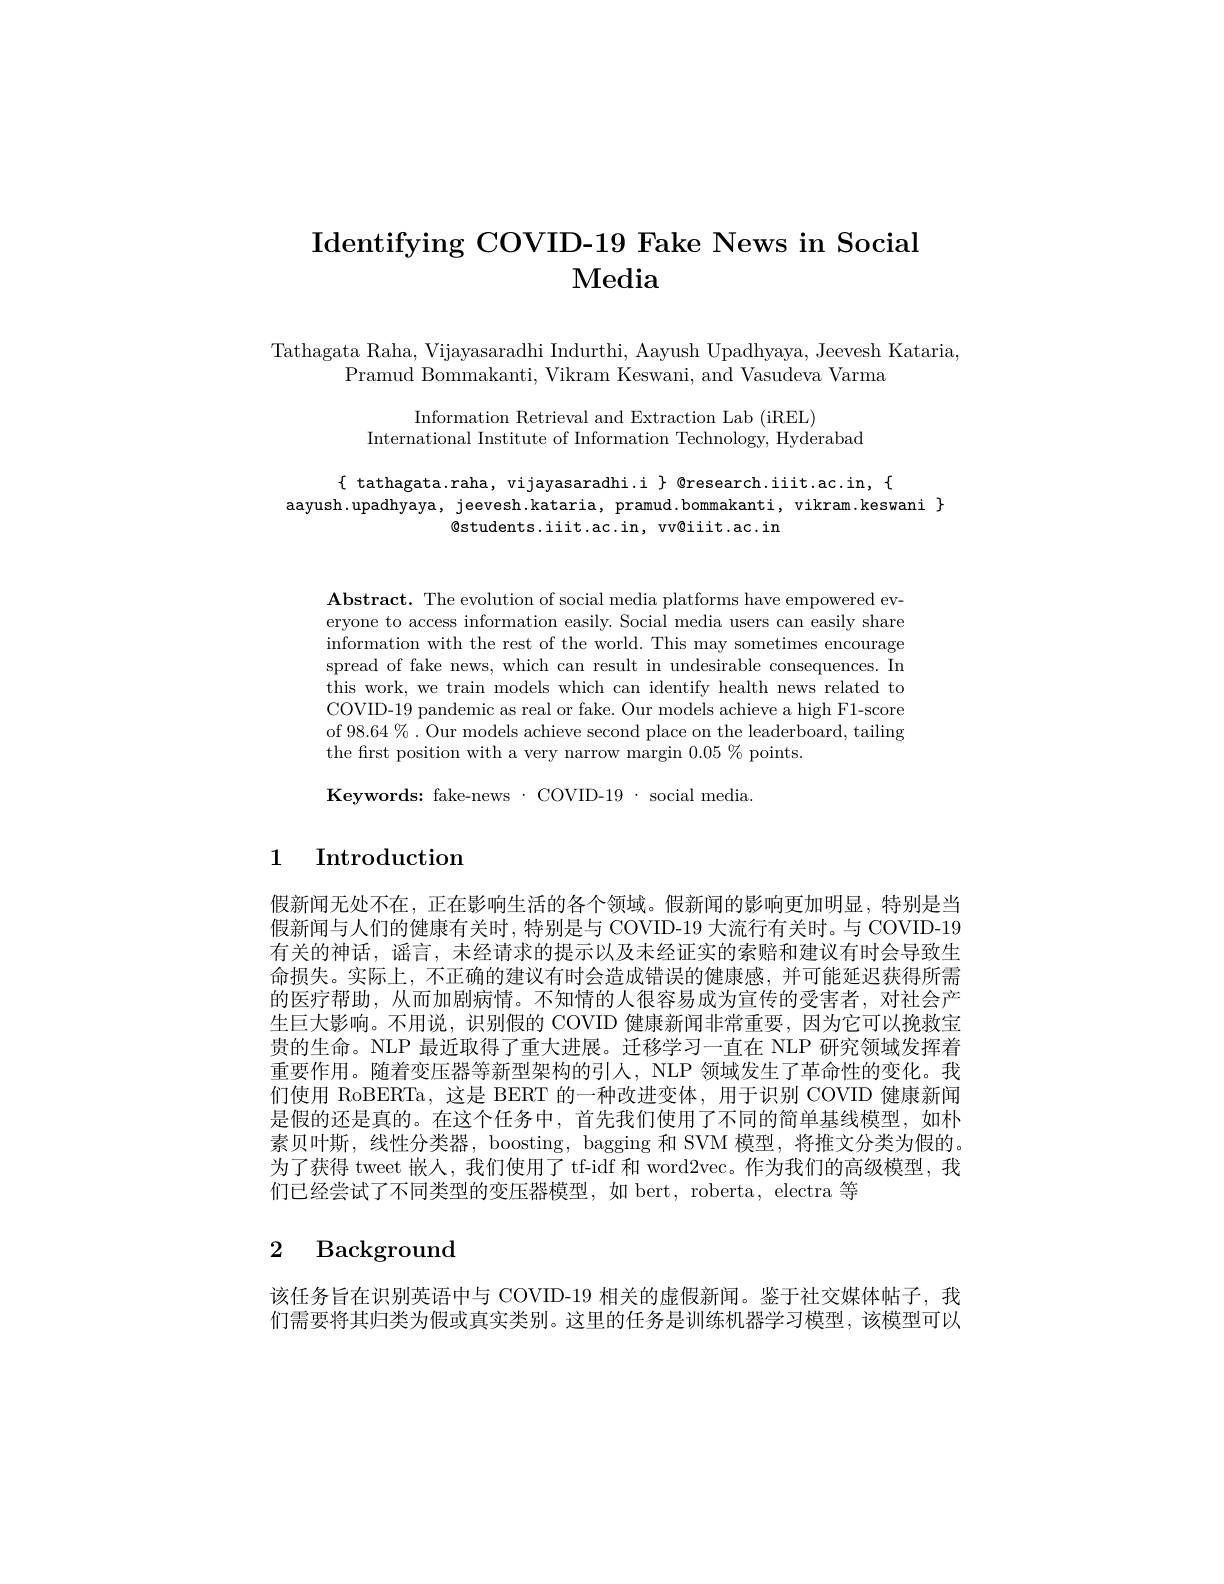
# Identifying COVID- 19 Fake News in Social Media

Tathagata Raha, Vijayasaradhi Indurthi, Aayush Upadhyaya, Jeevesh Kataria,
Pramud Bommakanti, Vikram Keswani, and Vasudeva Varma

Information Retrieval and Extraction Lab (iREL)
International Institute of Information Technology, Hyderabad

$\{$ tathagata.raha, vijayasaradhi.i $\}$ @research.iiit.ac.in, $\{$
aayush.upadhyaya, jeevesh.kataria, pramud.bommakanti, vikram.keswani $\}$
@students.iiit.ac.in, vv@iiit.ac.in

$\mathbf{Abstract.~The~evolution~of~social~media~platforms~have~empowered~ev-}$ eryone to access information easily. Social media users can easily share information with the rest of the world. This may sometimes encourage spread of fake news, which can result in undesirable consequences. In this work, we train models which can identify health news related to COVID-19 pandemic as real or fake. Our models achieve a high F1-score of 98.64%. Our models achieve second place on the leaderboard, tailing the first position with a very narrow margin $0.05\%$points.

Keywords: fake-news· COVID-19~social~media.

# 1 Introduction

假新闻无处不在，正在影响生活的各个领域。假新闻的影响更加明显，特别是当假新闻与人们的健康有关时，特别是与 COVID-19 大流行有关时。与 COVID-19有关的神话，谣言，未经请求的提示以及未经证实的索赔和建议有时会导致生命损失。实际上，不正确的建议有时会造成错误的健康感，并可能延迟获得所需的医疗帮助，从而加剧病情。不知情的人很容易成为宣传的受害者，对社会产生巨大影响。不用说，识别假的 COVID 健康新闻非常重要，因为它可以挽救宝贵的生命。NLP 最近取得了重大进展。迁移学习一直在 NLP 研究领域发挥着重要作用。随着变压器等新型架构的引人，NLP 领域发生了革命性的变化。我们使用 RoBERTa, 这是 BERT 的一种改进变体，用于识别 COVID 健康新闻是假的还是真的。在这个任务中，首先我们使用了不同的简单基线模型，如朴素贝叶斯，线性分类器，boosting, bagging 和 SVM 模型，将推文分类为假的。为了获得 tweet 嵌人，我们使用了 tf-idf 和 word2vec。作为我们的高级模型，我们已经尝试了不同类型的变压器模型，如 bert, roberta, electra 等

# 2 Background

该任务旨在识别英语中与 COVID-19 相关的虚假新闻。鉴于社交媒体帖子，我们需要将其归类为假或真实类别。这里的任务是训练机器学习模型，该模型可以